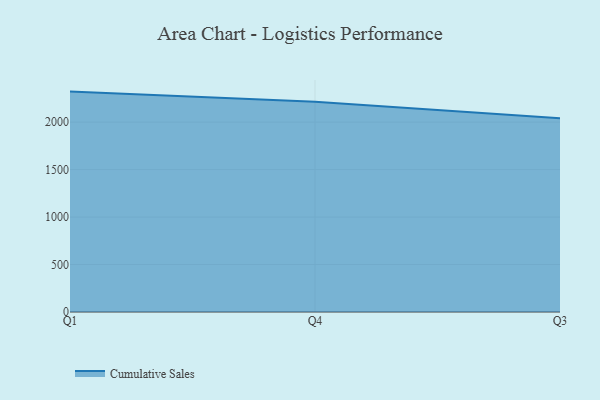
{"axis": {"x": "Quarter", "y": "Bounce Rate (%)"}, "legend": ["Cumulative Sales"], "data": [{"x": "Q1", "y": 2321.2, "type": "Cumulative Sales"}, {"x": "Q4", "y": 2214.2, "type": "Cumulative Sales"}, {"x": "Q3", "y": 2040.6, "type": "Cumulative Sales"}]}